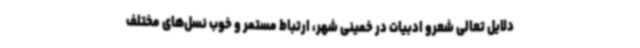
دلایل تعالی شعرو ادبیات در خمینی شهر، ارتباط مستمر و خوب نسل‌های مختلف